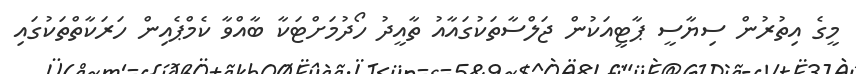
މީގެ އިތުރުން ސިޔާސީ ޕާޓީއަކުން ޖަލްސާތަކުގައާއު ތާއީދު ހޯދުމަށްޓަކާ ބާއްވާ ކެމްޕެއިން ހަރަކާތްތަކުގައި